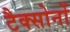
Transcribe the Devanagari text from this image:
टैक्सोनों